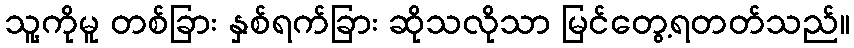
သူ့ကိုမူ တစ်ခြား နှစ်ရက်ခြား ဆိုသလိုသာ မြင်တွေ့ရတတ်သည်။